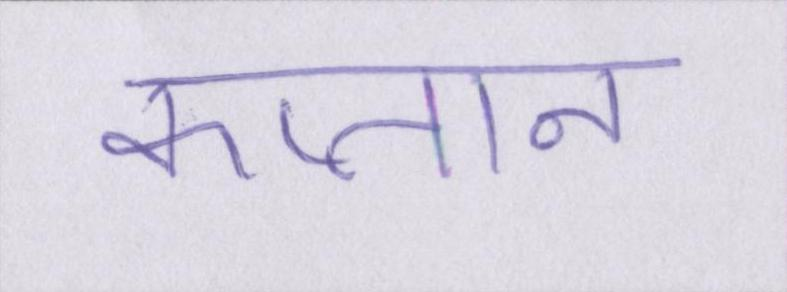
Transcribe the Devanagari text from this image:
कप्तान